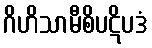
ဂိဟိသာမီစိပဋိပဒံ